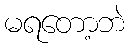
မရတော့ဘဲ